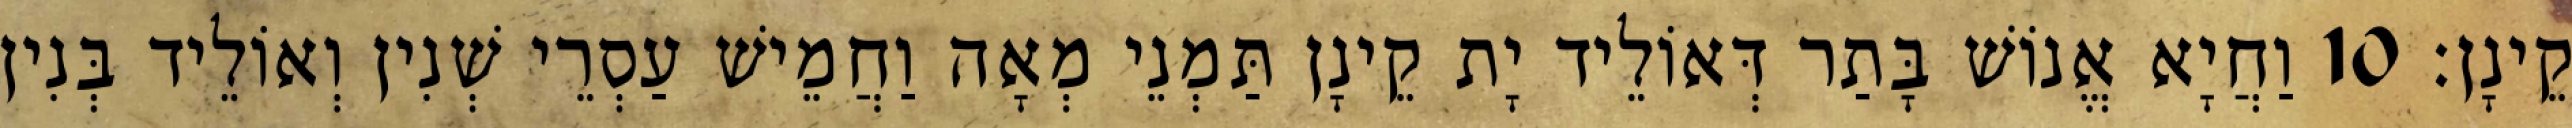
קֵינָן׃ 10 וַחֲיָא אֱנוֹשׁ בָּתַר דְּאוֹלֵיד יָת קֵינָן תַּמְנֵי מְאָה וַחֲמֵישׁ עַסְרֵי שְׁנִין וְאוֹלֵיד בְּנִין